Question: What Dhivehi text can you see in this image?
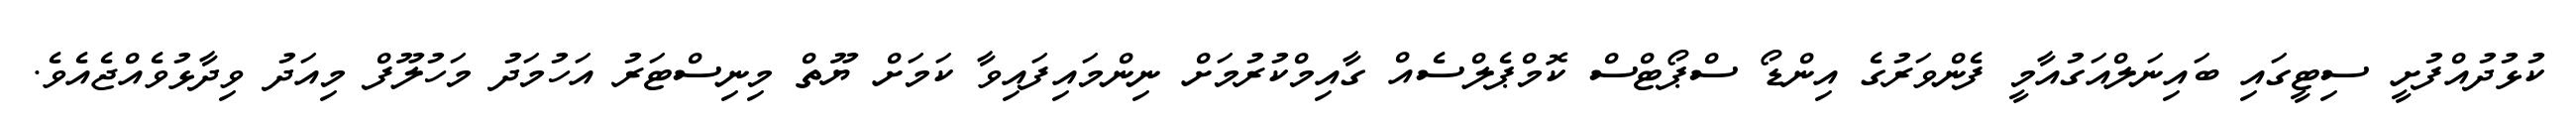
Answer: ކުޅުދުއްފުށީ ސިޓީގައި ބައިނަލްއަގުއާމީ ފެންވަރުގެ އިންޑޯ ސްޕޯޓްސް ކޮމްޕެލްސެއް ގާއިމްކުރުމަށް ނިންމައިފައިވާ ކަމަށް ޔޫތް މިނިސްޓަރު އަހުމަދު މަހުލޫފް މިއަދު ވިދާޅުވެއްޖެއެވެ.